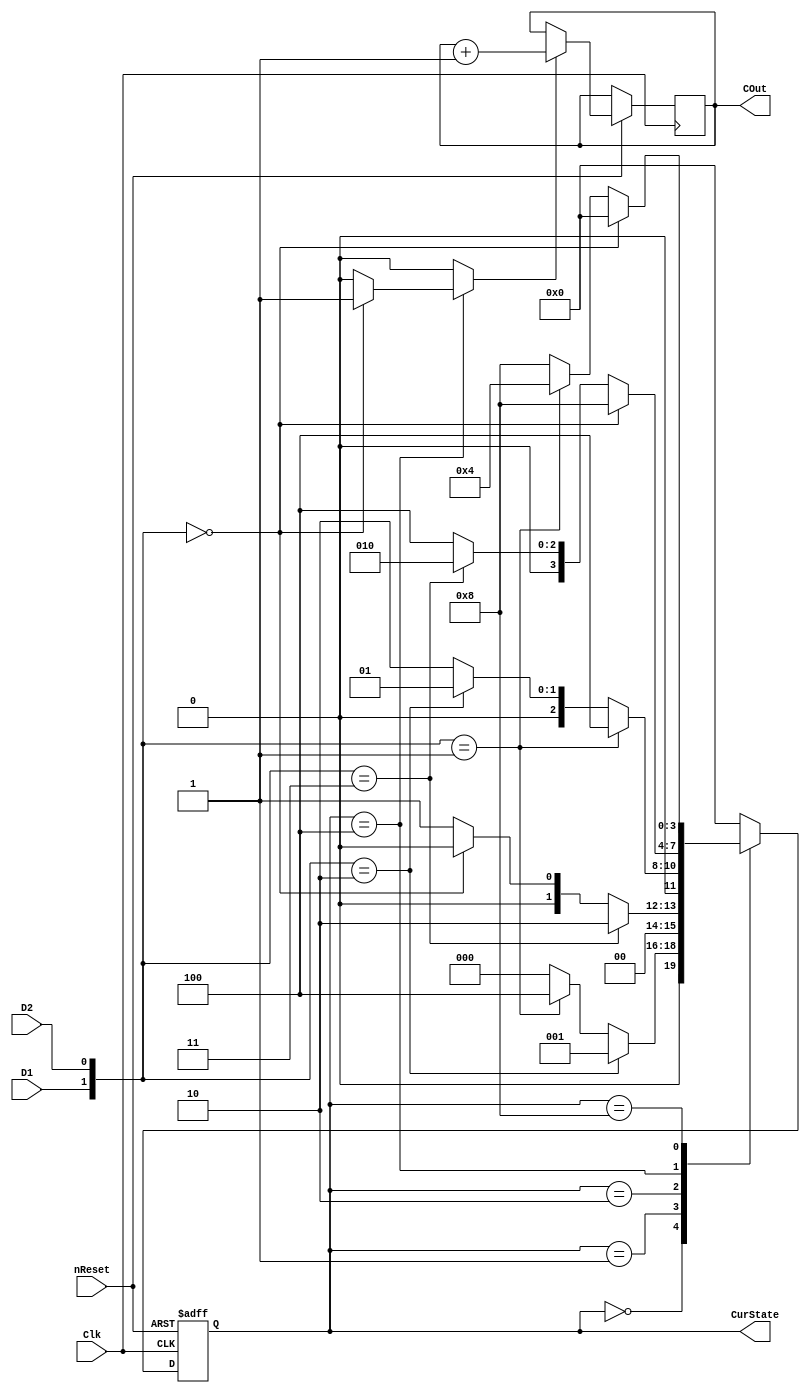
module Lab6_2(Clk,nReset,D1,D2,COut,CurState);

input Clk,nReset,D1,D2;
output [3:0]CurState;// 4 bit for 5 state
output [3:0]COut;
reg [3:0]Count;

wire[1:0]DState;
reg [3:0]CurState;   
reg [3:0]NxtState;
reg CountEn;

parameter S0 = 4'b0000 //00
		, S1 = 4'b0001 //10
		, S2 = 4'b0010 //11
		, S3 = 4'b0100 //01
		, S4 = 4'b1000;	// 00,S0 ;to enable the counter
		
assign DState[1] = D1; 		// sensor 1
assign DState[0] = D2;		// sensor 2

//============================================================================
//						Count number of car  
//============================================================================
always@(posedge Clk or negedge nReset)
begin
	if(nReset==1'b0)
		CurState<= S0;  // initializing
	else
		begin
		CurState<=NxtState;			//  assign Next state
			if(CountEn == 1)  		// if car passes through
				Count[3:0] <= Count[3:0] + 4'd1;		// increase counter
			else
				Count[3:0] <= Count[3:0];				// else stay idle
		end
end

//============================================================================
//						Check position of car  
//============================================================================
always @(DState or CurState)
begin
case(CurState) 
	S0: // if sensors at beginning state
	begin
	CountEn = 0;
		if(DState == 2'b10)		// check car direction for each state
			NxtState = S1; // car goes forward  S0 => S2
		else if(DState == 2'b01)
			NxtState = S3;	// car goes backward S0 => S4 (01)
		else
			NxtState = S0; // stay idle
	end
	S1:
	begin
	CountEn = 0;
		if(DState == 2'b11)
			NxtState = S2;	// car goes forward  S1 => S2
		else if(DState == 2'b00)
			NxtState = S0;	// car goes backward S1 => S0
		else
			NxtState = S1;
	end
	S2:
	begin
	CountEn = 0;
		if(DState == 2'b01)
			NxtState = S3;	// car goes forward  S2 => S3
		else if(DState == 2'b10)
			NxtState = S1;	// car goes backward  S2 => S1
		else
			NxtState = S2;
	end
	S3:
	begin
	CountEn = 0;
		if(DState == 2'b00)
			begin
			NxtState = S4;	// car goes forward  S3 => S4  
			CountEn = 1; // car passed, increase counter
			end
		else if(DState == 2'b11)
			NxtState = S2;	// car goes backward  S3 => S2
		else
			begin
			NxtState = S3;
			end
	end
	
	S4:
	begin
	CountEn = 0;
		if(DState == 2'b00)
			NxtState = S0;	// car goes backward  S4 => S0 
		else if(DState == 2'b01)
			NxtState = S3;	// car goes forward  S4 => S3 
		else
			NxtState = S4; //S0
	end

	default:
		begin
		CountEn = 0;  // start with these conditions
		NxtState = S0;
		end
endcase
end

assign COut[3:0] = Count[3:0];

endmodule